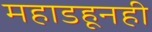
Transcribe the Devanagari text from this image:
महाडहूनही